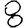
Digit: 8